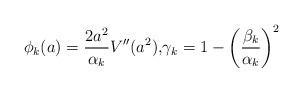
LaTeX: \begin{align*}\phi_{k}(a)=\frac{2a^{2}}{\alpha_{k}}V^{\prime\prime}(a^{2})\text{,}\gamma_{k}=1-\left( \frac{\beta_{k}}{\alpha_{k}}\right) ^{2}\end{align*}